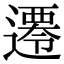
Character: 𨗇